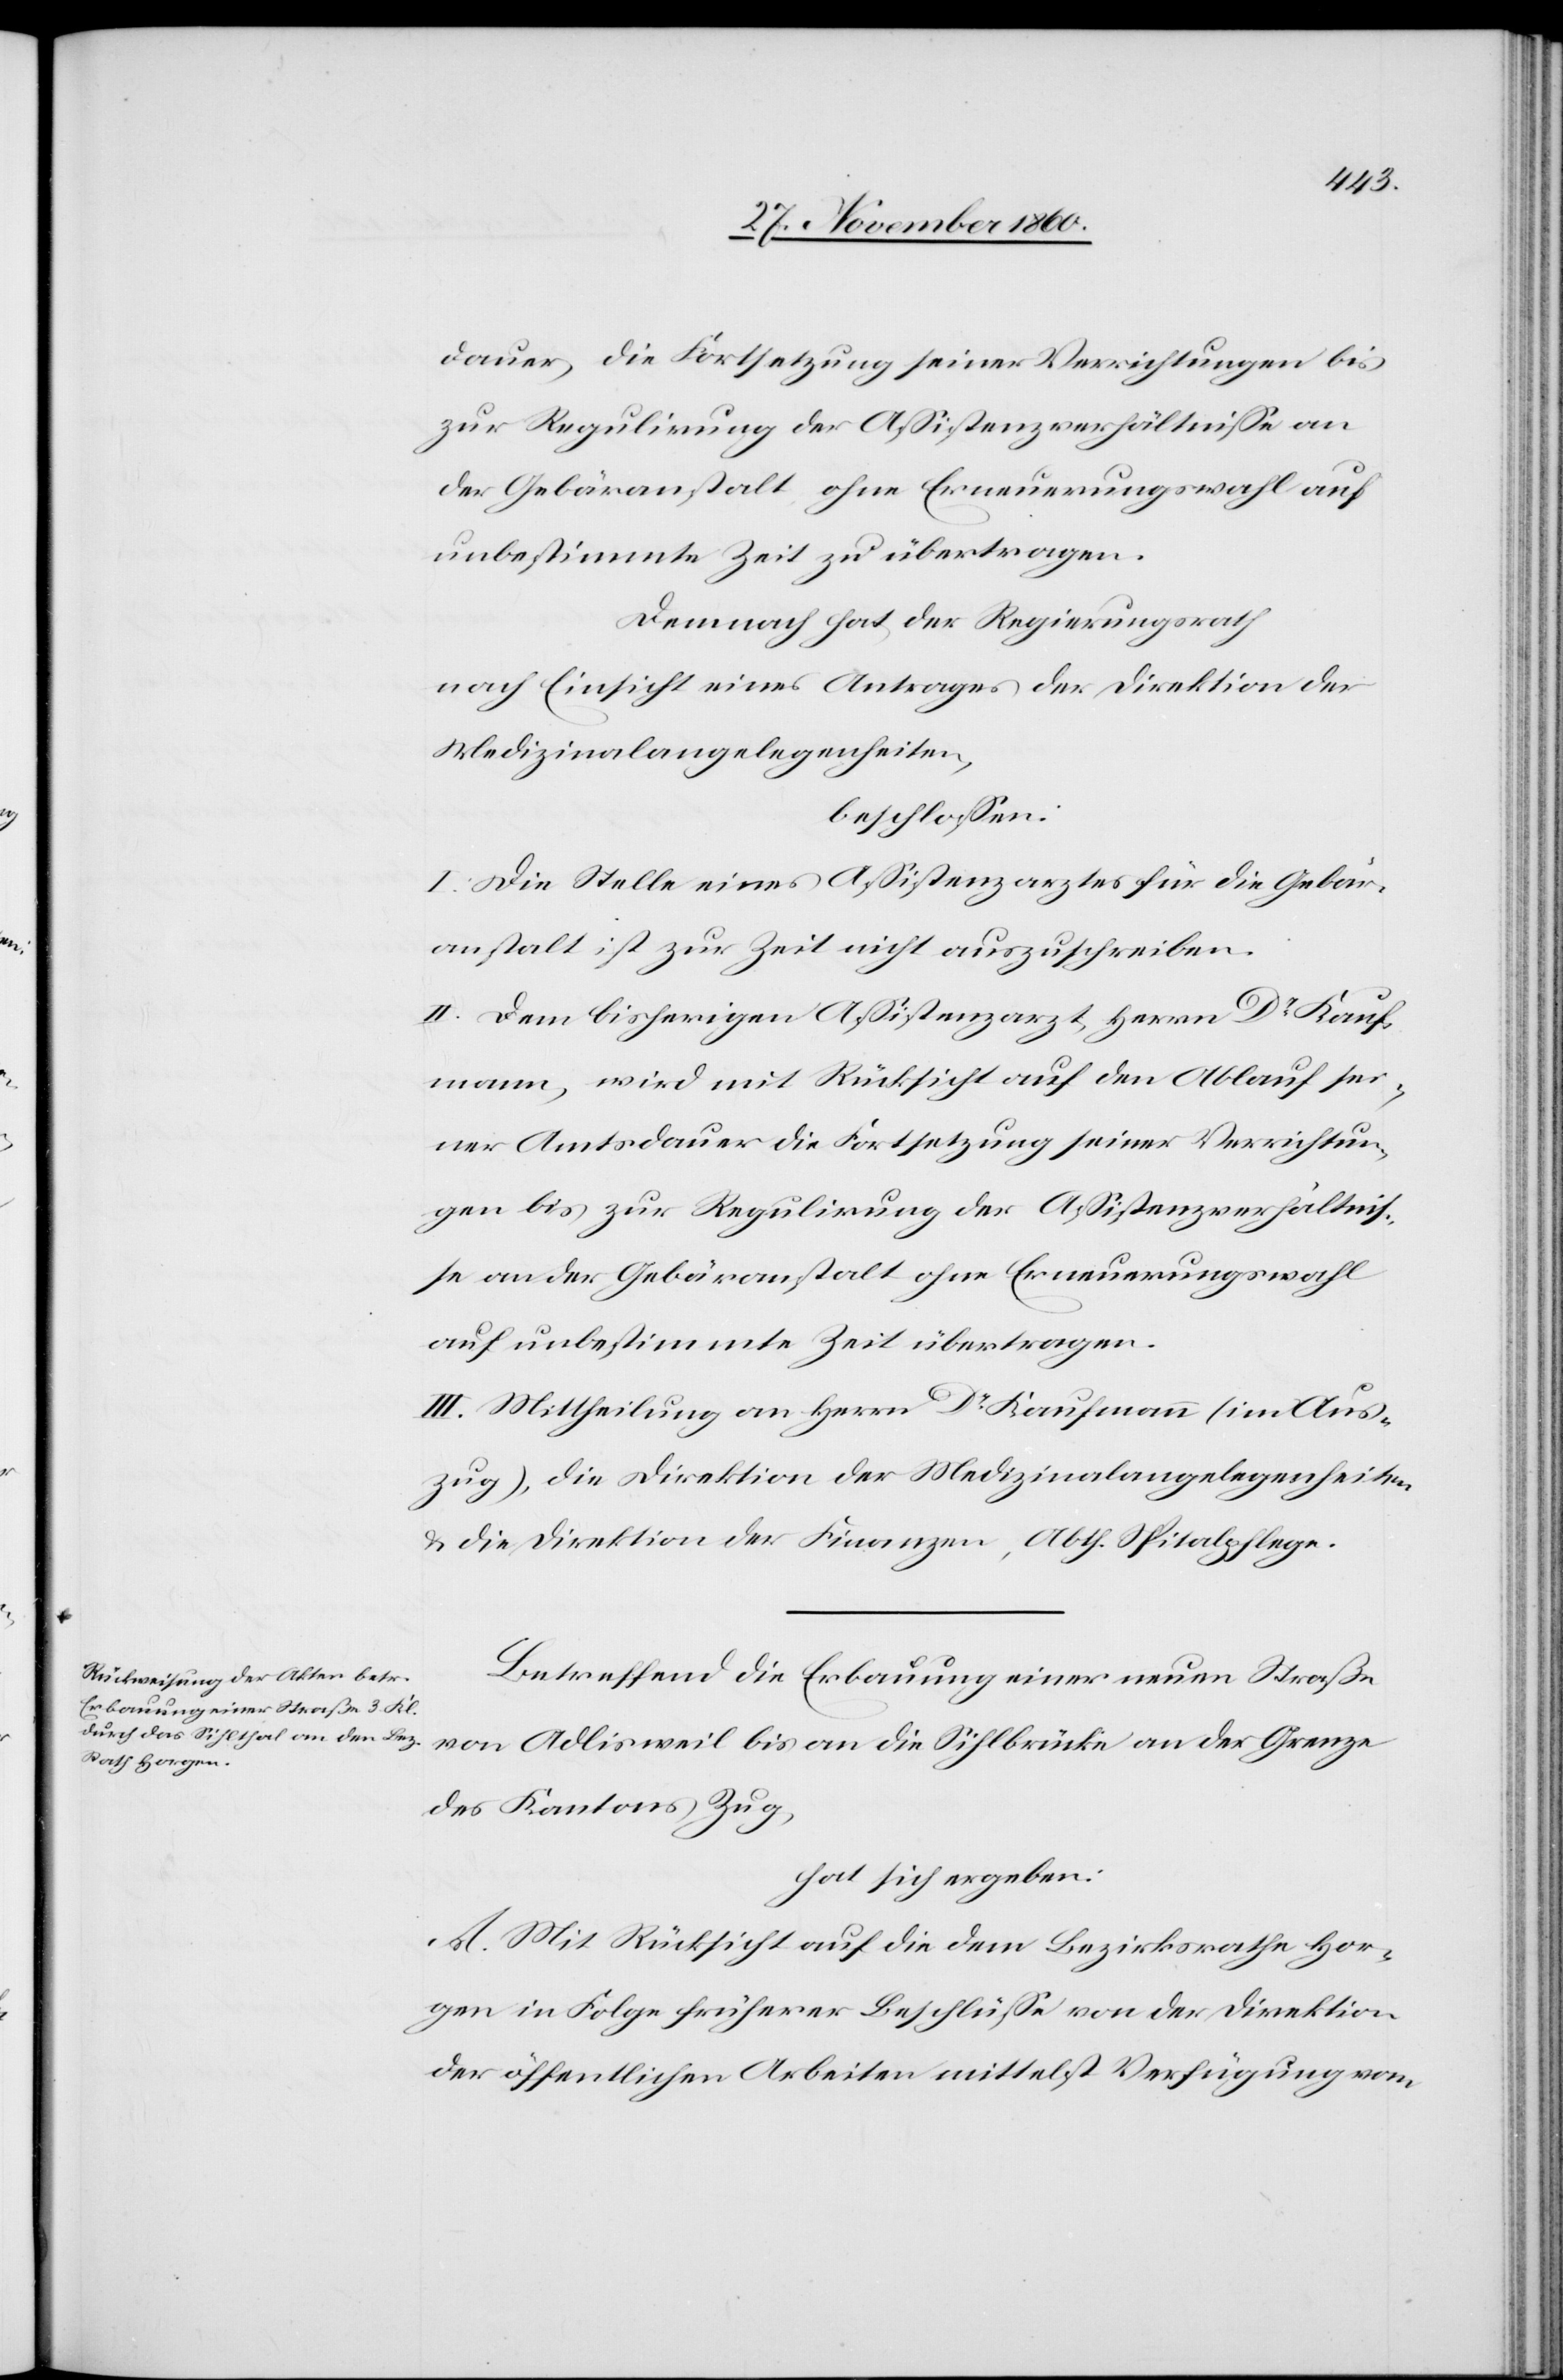
dauer, die Fortsetzung seiner Verrichtungen bis
zur Regulirung der Assistenzverhältnisse an
der Gebäranstalt ohne Erneuerungswahl auf
unbestimmte Zeit zu übertragen.
Demnach hat der Regierungsrath
nach Einsicht eines Antrages der Direktion der
Medizinalangelegenheiten,
beschlossen:
I. Die Stelle eines Assistenzarztes für die Gebär¬
anstalt ist zur Zeit nicht auszuschreiben.
II. Dem bisherigen Assistenzarzt, Herrn Dr Kauf¬
mann, wird mit Rücksicht auf den Ablauf sei¬
ner Amtsdauer die Fortsetzung seiner Verrichtun¬
gen bis zur Regulirung der Assistenzverhältnis¬
se an der Gebäranstalt ohne Erneuerungswahl
auf unbestimmte Zeit übertragen.
III. Mittheilung an Herrn Dr Kaufmann (im Aus¬
zug), die Direktion der Medizinalangelegenheiten
u. die Direktion der Finanzen, Abth. Spitalpflege.
Betreffend die Erbauung einer neuen Straße
von Adlisweil bis an die Sihlbrücke an der Grenze
des Kantons Zug,
hat sich ergeben:
A. Mit Rücksicht auf die dem Bezirksrathe Hor¬
gen in Folge früherer Beschlüsse von der Direktion
der öffentlichen Arbeiten mittelst Verfügung vom